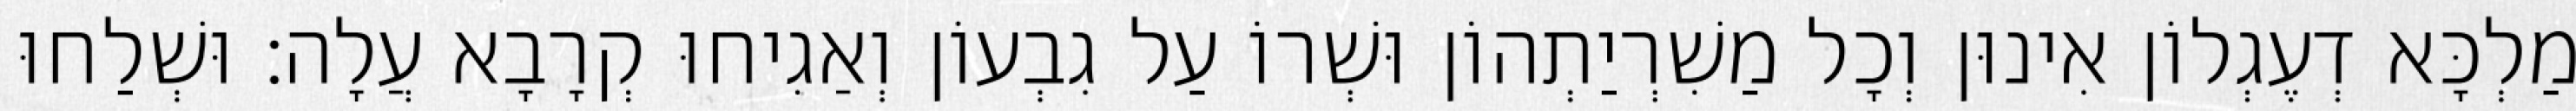
מַלְכָּא דְעֶגְלוֹן אִינוּן וְכָל מַשִׁרְיַתְהוֹן וּשְׁרוֹ עַל גִבְעוֹן וְאַגִיחוּ קְרָבָא עֲלָה׃ וּשְׁלַחוּ